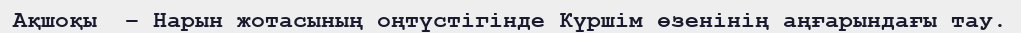
Ақшоқы  – Нарын жотасының оңтүстігінде Күршім өзенінің аңғарындағы тау.